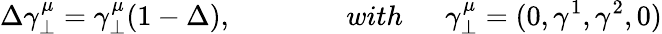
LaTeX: \Delta\gamma_{\perp}^{\mu}=\gamma_{\perp}^{\mu}(1-\Delta),\qquad\qquad with\ \mathrm{\quad~}\gamma_{\perp}^{\mu}=(0,\gamma^{1},\gamma^{2},0)